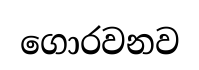
ගොරවනව